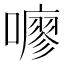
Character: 𫬏